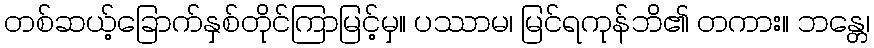
တစ်ဆယ့်ခြောက်နှစ်တိုင်ကြာမြင့်မှ။ ပဿာမ၊ မြင်ရကုန်ဘိ၏ တကား။ ဘန္တေ၊